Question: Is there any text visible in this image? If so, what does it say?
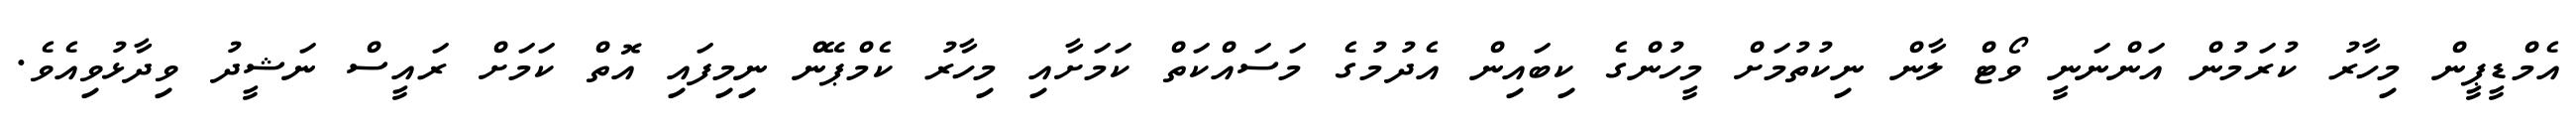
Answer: އެމްޑީޕީން މިހާރު ކުރަމުން އަންނަނީ ވޯޓް ލާން ނިކުތުމަށް މީހުންގެ ކިބައިން އެދުމުގެ މަސައްކަތް ކަމަށާއި މިހާރު ކެމްޕޭން ނިމިފައި އޮތް ކަމަށް ރައީސް ނަޝީދު ވިދާޅުވިއެވެ.